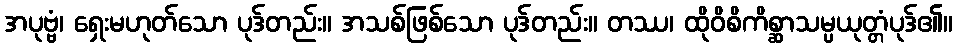
အပုဗ္ဗံ၊ ရှေးမဟုတ်သော ပုဒ်တည်း။ အသစ်ဖြစ်သော ပုဒ်တည်း။ တဿ၊ ထိုဝိစိကိစ္ဆာသမ္ပယုတ္တံပုဒ်၏။